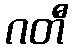
ဂတီ